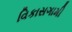
વિકાસગામી